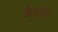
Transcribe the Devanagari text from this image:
कैपोसी